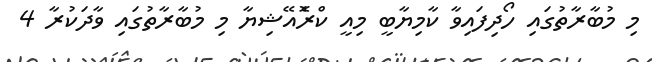
މި މުބާރާތުގައި ހޯދިފައިވާ ކާމިޔާބީ މިއީ ކްރެޮއޭޝިޔާ މި މުބާރާތުގައި ވާދަކުރާ 4